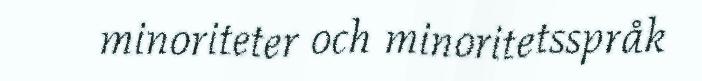
minoriteter och minoritetsspråk